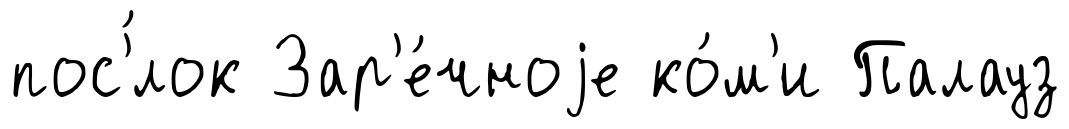
пос'́лок Зар'е́чноjе ко́м'и Палауз